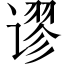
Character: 谬